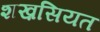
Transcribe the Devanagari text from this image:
शख़सियत